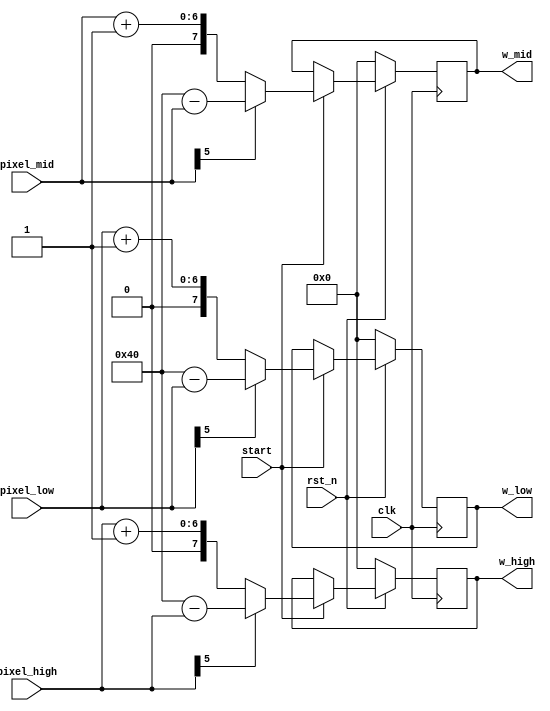
module w_six
(	input clk,
	input rst_n,	
	input start,
 	input [5:0] pixel_high,
	input [5:0] pixel_mid,
	input [5:0] pixel_low,

	output reg [7:0] w_high,
	output reg [7:0] w_mid,
	output reg [7:0] w_low
);

	localparam N = 6;
	localparam MAX = (2**N);

	always@(posedge clk) begin
		if(~rst_n) begin
			w_high <= 8'b0;	
			w_mid <= 8'b0; 
			w_low <= 8'b0; 
		end else if(start) begin
			w_high <= (pixel_high[N-1]) ? (MAX - pixel_high) : (pixel_high + 1);
			w_mid <= (pixel_mid[N-1]) ? (MAX - pixel_mid) : (pixel_mid + 1);
			w_low <= (pixel_low[N-1]) ? (MAX - pixel_low) : (pixel_low + 1);
		end
	end

//	assign w_high = (pixel_high[N-1]) ? (MAX - pixel_high) : (pixel_high + 1);
//	assign w_mid = (pixel_mid[N-1]) ? (MAX - pixel_mid) : (pixel_mid + 1);
//	assign w_low = (pixel_low[N-1]) ? (MAX - pixel_low) : (pixel_low + 1);
	
endmodule